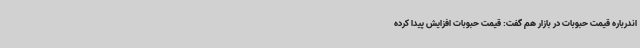
اندرباره قیمت حبوبات در بازار هم گفت: قیمت حبوبات افزایش پیدا کرده